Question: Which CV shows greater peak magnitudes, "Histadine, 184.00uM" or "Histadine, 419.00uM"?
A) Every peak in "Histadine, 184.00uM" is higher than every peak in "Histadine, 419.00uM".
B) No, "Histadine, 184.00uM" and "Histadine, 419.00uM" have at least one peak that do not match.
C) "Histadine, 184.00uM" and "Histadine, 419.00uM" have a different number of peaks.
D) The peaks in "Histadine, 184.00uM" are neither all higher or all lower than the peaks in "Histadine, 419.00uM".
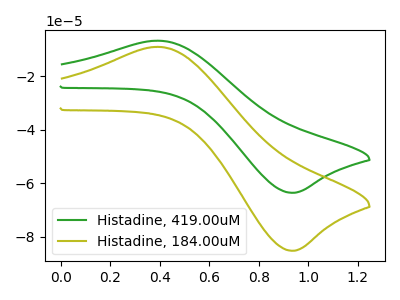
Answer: <think>The green curve "Histadine, 419.00uM" has an anodic peak at (0.40V, -6.75uA) and a cathodic peak at (0.95V, -63.60uA). The olive curve "Histadine, 184.00uM" has an anodic peak at (0.40V, -9.05uA) and a cathodic peak at (0.95V, -85.25uA).</think>
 <answer>D) The peaks in "Histadine, 184.00uM" are neither all higher or all lower than the peaks in "Histadine, 419.00uM".</answer>
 <eval>D</eval>